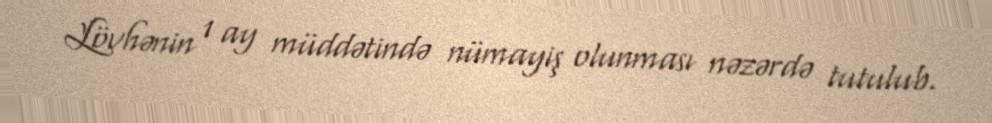
Lövhənin 1 ay müddətində nümayiş olunması nəzərdə tutulub.